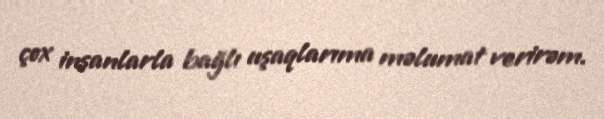
çox insanlarla bağlı uşaqlarıma məlumat verirəm.